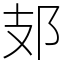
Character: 𨙸